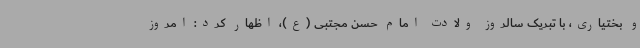
و بختیاری، با تبریک سالروز ولادت امام حسن مجتبی (ع)، اظهار کرد: امروز